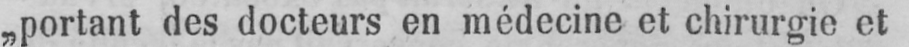
„portant des docteurs en médecine et chirurgie et